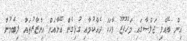
އިން ބޭއްވި ޖަލްސާގައި މަހުފޫޒު ވާހަކަ ދެއްކުމާއި ގުޅިގެން އޭނާއަށް އިންޒާރުތައް ލިބެމުން